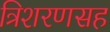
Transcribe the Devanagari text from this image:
त्रिशरणसह